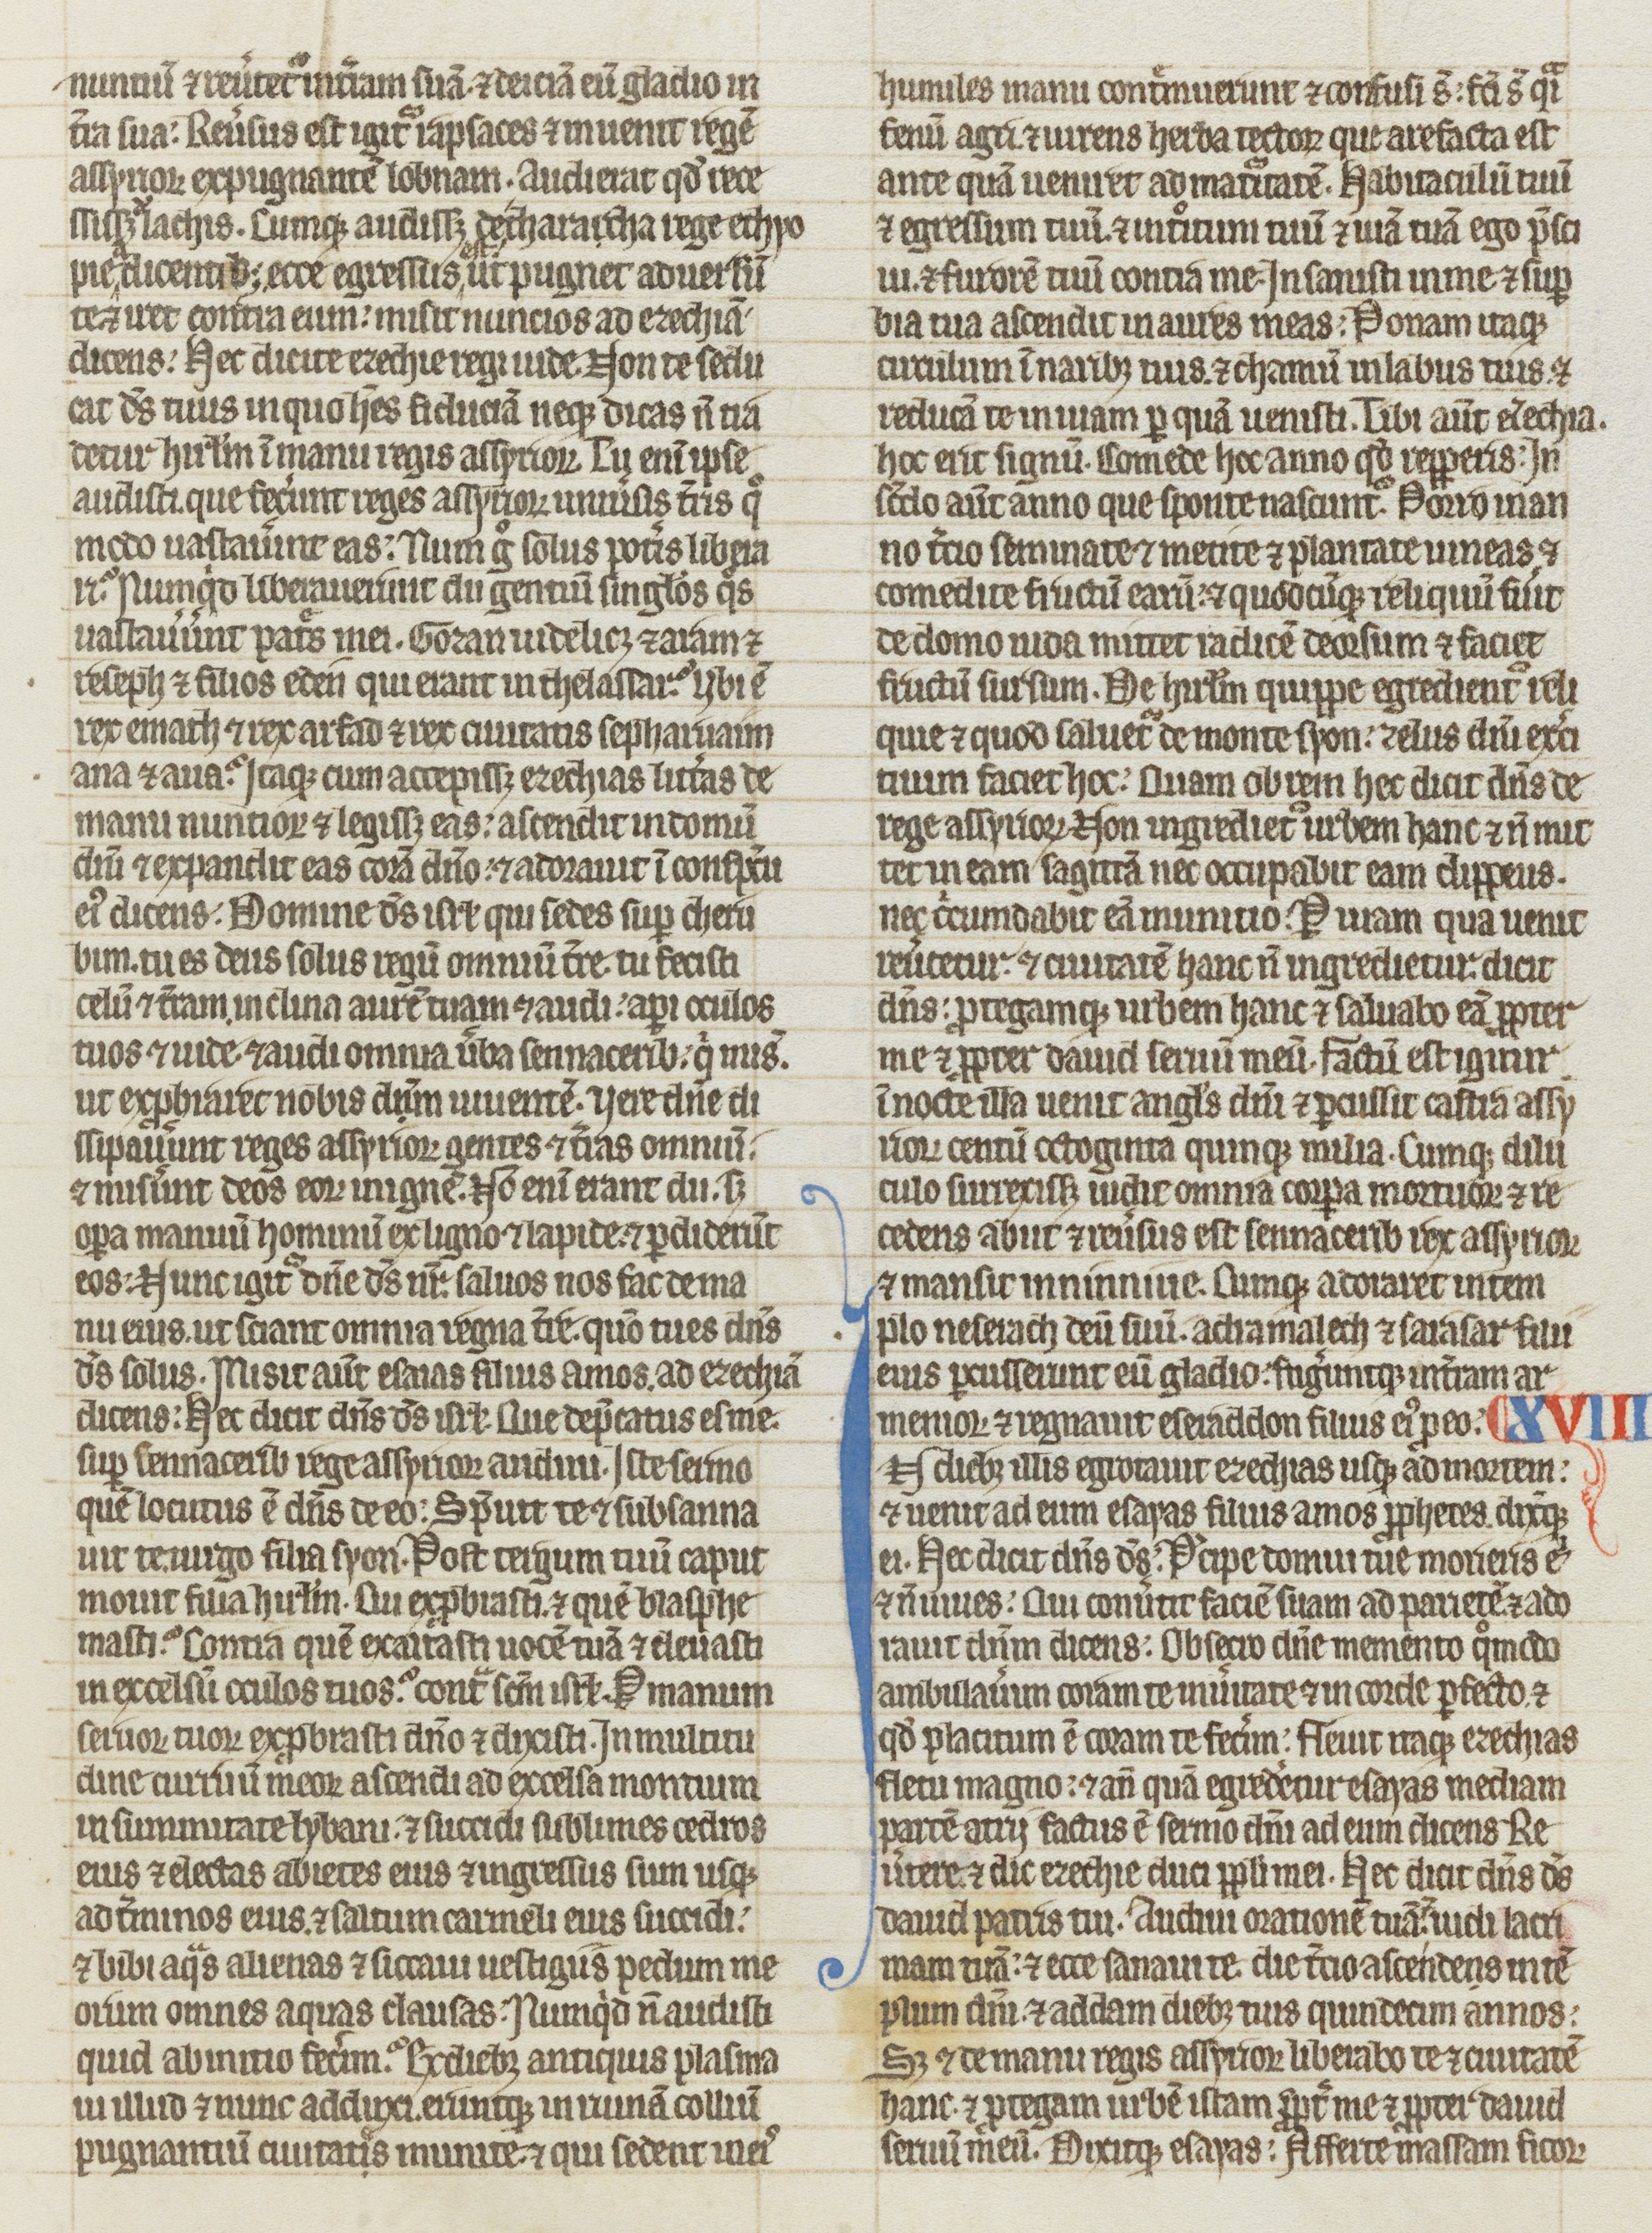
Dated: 1275–1299